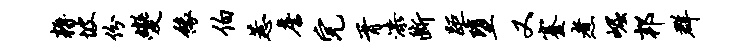
耨坡份变缘伯惹詹完胥漆断距堕又蹇煮崛邦群